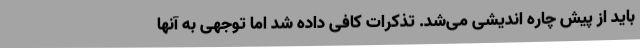
باید از پیش چاره اندیشی می‌شد. تذکرات کافی داده شد اما توجهی به آنها